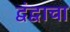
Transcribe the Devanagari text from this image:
द्वंद्वाचा